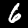
Label: 6